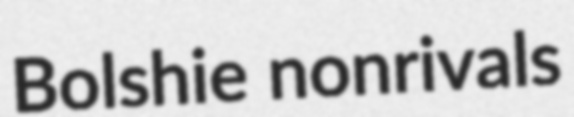
Bolshie nonrivals